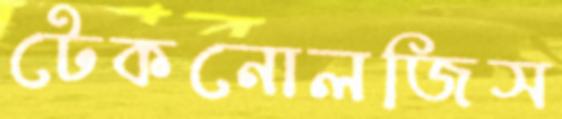
টেকনোলজিস